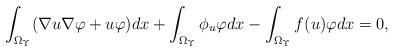
LaTeX: \begin{align*} \int_{\Omega_\Upsilon}( \nabla u \nabla \varphi + u \varphi )dx +\int_{\Omega_\Upsilon}\phi_u \varphi dx - \int_{\Omega_\Upsilon} f(u) \varphi dx = 0, \end{align*}